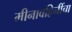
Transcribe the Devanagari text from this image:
मीनावहिनींचा